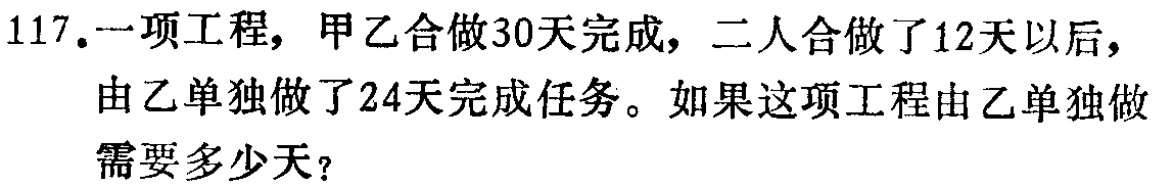
117.一项工程，甲乙合做30天完成，二人合做了12天以后，由乙单独做了24天完成任务。如果这项工程由乙单独做需要多少天？